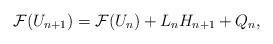
LaTeX: \begin{align*}\mathcal{F}(U_{n+1})=\mathcal{F}(U_n)+L_n H_{n+1}+Q_n,\end{align*}